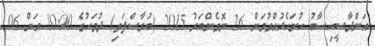
އަންދާސީހިސާބު ހުށަހެޅުއްވުމަށް 26 ނޮވެންބަރު 2015 (ބުރާސްފަތި) ދުވަހުގެ 10:00 އަށް 06